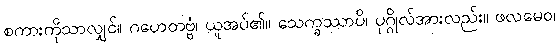
စကားကိုသာလျှင်။ ဂဟေတဗ္ဗံ၊ ယူအပ်၏။ သေက္ခဿာပိ၊ ပုဂ္ဂိုလ်အားလည်း။ ဖလမေဝ၊